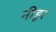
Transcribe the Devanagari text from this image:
नीडूर